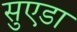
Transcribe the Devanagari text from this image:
सुएडा